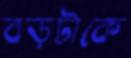
বড়টাকে